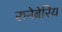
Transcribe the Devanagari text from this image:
रुनेबेरिय